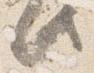
此